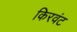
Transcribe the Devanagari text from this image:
किरवंट